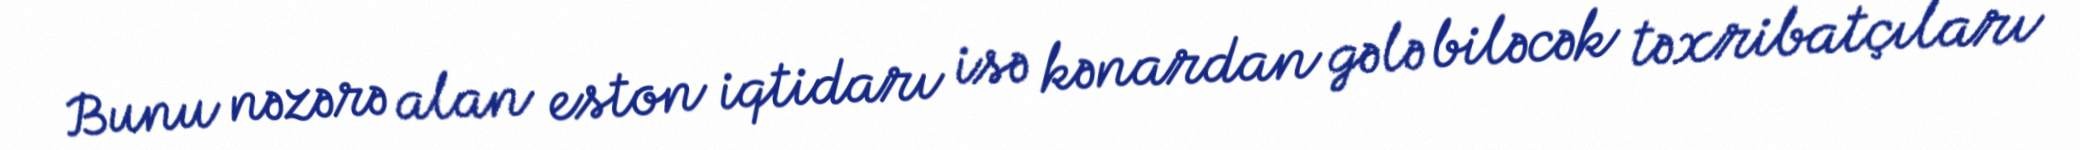
Bunu nəzərə alan eston iqtidarı isə kənardan gələ biləcək təxribatçıları